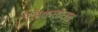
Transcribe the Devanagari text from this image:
जिंकतातच